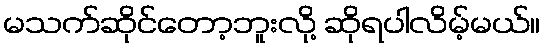
မသက်ဆိုင်တော့ဘူးလို့ ဆိုရပါလိမ့်မယ်။